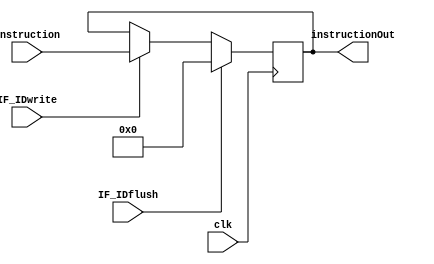
module IF_ID #(parameter WIDTH = 32)(clk, IF_IDwrite, IF_IDflush, instruction, instructionOut);
	
	input clk, IF_IDwrite, IF_IDflush;
	input [WIDTH - 1 : 0] instruction;
	output reg [WIDTH - 1 : 0] instructionOut;

	initial begin
		instructionOut = 0;
	end

	always@(posedge clk) begin
		if (IF_IDflush == 1) begin
			instructionOut <= 0;
		end else if (IF_IDwrite == 1) begin
			instructionOut <= instruction;
		end
	end
endmodule